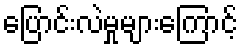
ပြောင်းလဲမှုများကြောင့်